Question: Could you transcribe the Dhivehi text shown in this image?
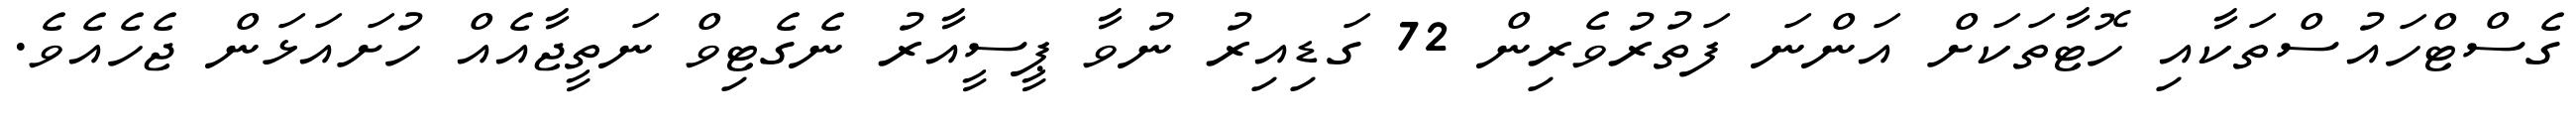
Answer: ގެސްޓްހައުސްތަކާއި ހޮޓާތަކަށް އަންނަ ފަތުރުވެރިން 72 ގަޑިއިރު ނުވާ ޕީސީއާރު ނެގެޓިވް ނަތީޖާއެއް ހުށައަޅަން ޖެހެއެވެ.